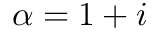
\alpha = 1 + i